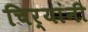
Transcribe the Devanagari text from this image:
चिर्‍यांनी